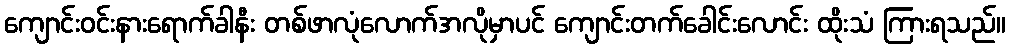
ကျောင်းဝင်းနားရောက်ခါနီး တစ်ဖာလုံလောက်အလိုမှာပင် ကျောင်းတက်ခေါင်းလောင်း ထိုးသံ ကြားရသည်။